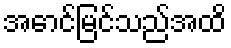
အောင်မြင်သည်အထိ